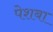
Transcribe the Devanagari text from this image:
पेशबा